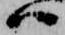
ハ